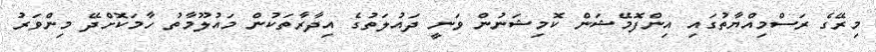
މިރޭގެ ރަސްމިއްޔާތުގައި އިންފޮމޭޝަން ކޮމިޝަނުން ވަނީ ދައުލަތުގެ އިދާރާތަކުން މައުލޫމާތު ހާމަކޮށްދޭ މިންވަރު